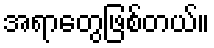
အရာတွေဖြစ်တယ်။